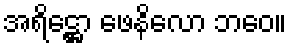
အရိဋ္ဌော ဖေနိလော ဘဝေ။